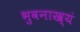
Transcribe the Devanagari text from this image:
भुवनाख्यं